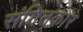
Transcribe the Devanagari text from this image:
संगितकार